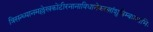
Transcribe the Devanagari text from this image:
त्रिसन्ध्यानमल्लेखकोटीरनानाविधानेकरत्नांशुबिम्बप्रभाभिः